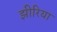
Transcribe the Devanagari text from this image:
झीरिया